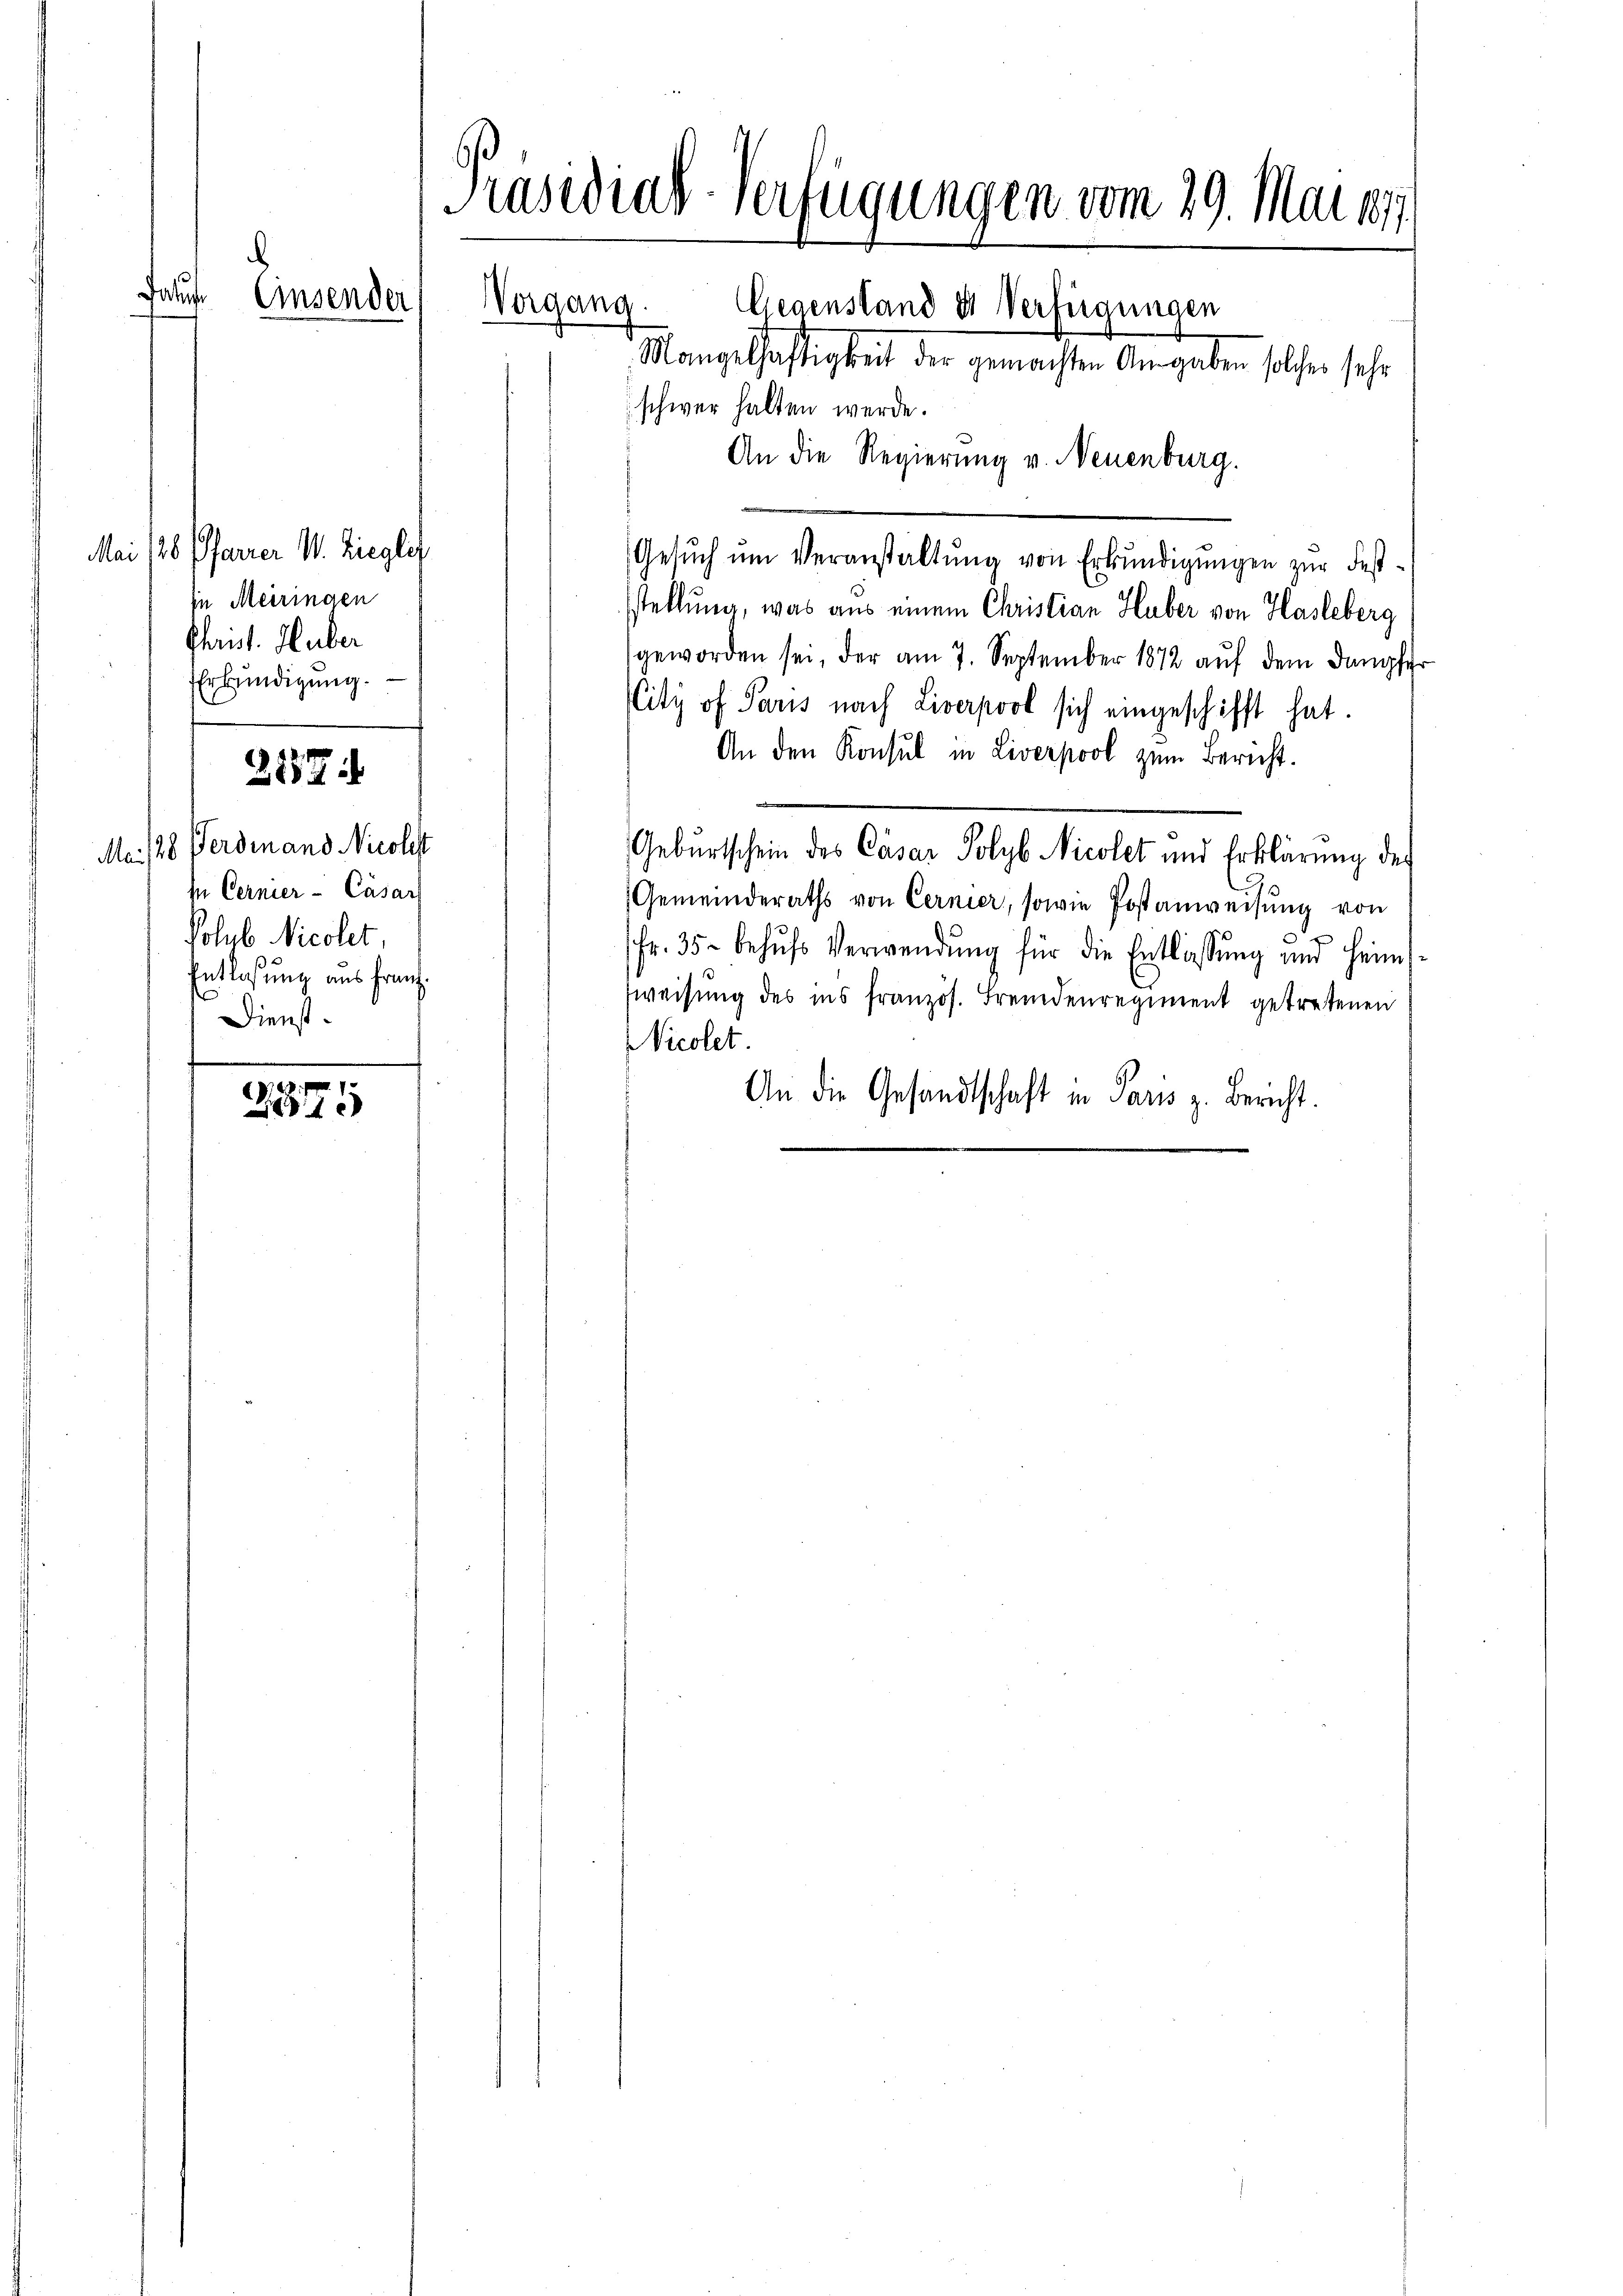
Präsidial-Verfügungen vom 29. Mai 1879.
b
Falus. Einsender
Vorgang.
Gegenstand & Verfügungen
Mangelhaftigkeit der gemachten Angaben solches sehr
schwer halten werde.
An die Regierung v. Neuenburg.

Mai 126 Pfarrer W. Ziegler
in Meiringen
Christ. Huber
EErkundigung.
217:
Mai 128 Ferdinand Nicolest
In Cernier - Cäsar
Polub. Nicolet,
Entlaßung aus franz
Dienst.

3
1x

Gesuch um Veranstaltung von Erkundigungen zur Festsstellung, was aus einem Christian Huber von Hasleberg
geworden sei, der am 7. September 1872 auf dem Dampfer
City of Paris nach Liverpool sich eingeschifft hat.
An den Konsul in Liverpool zum Bericht.
Geburtschein des Cäsar Polyb Nicolet und Erklärung des
Gemeinderaths von Cernier, sowie Postanweisung von
fr. 35. behŭfs Verwendŭng für die Entlassŭng und Heim
fweisung des ins französ. Fremdenregiment getretenen
Nicolet.
An die Gesandtschaft in Paris z. Bericht.